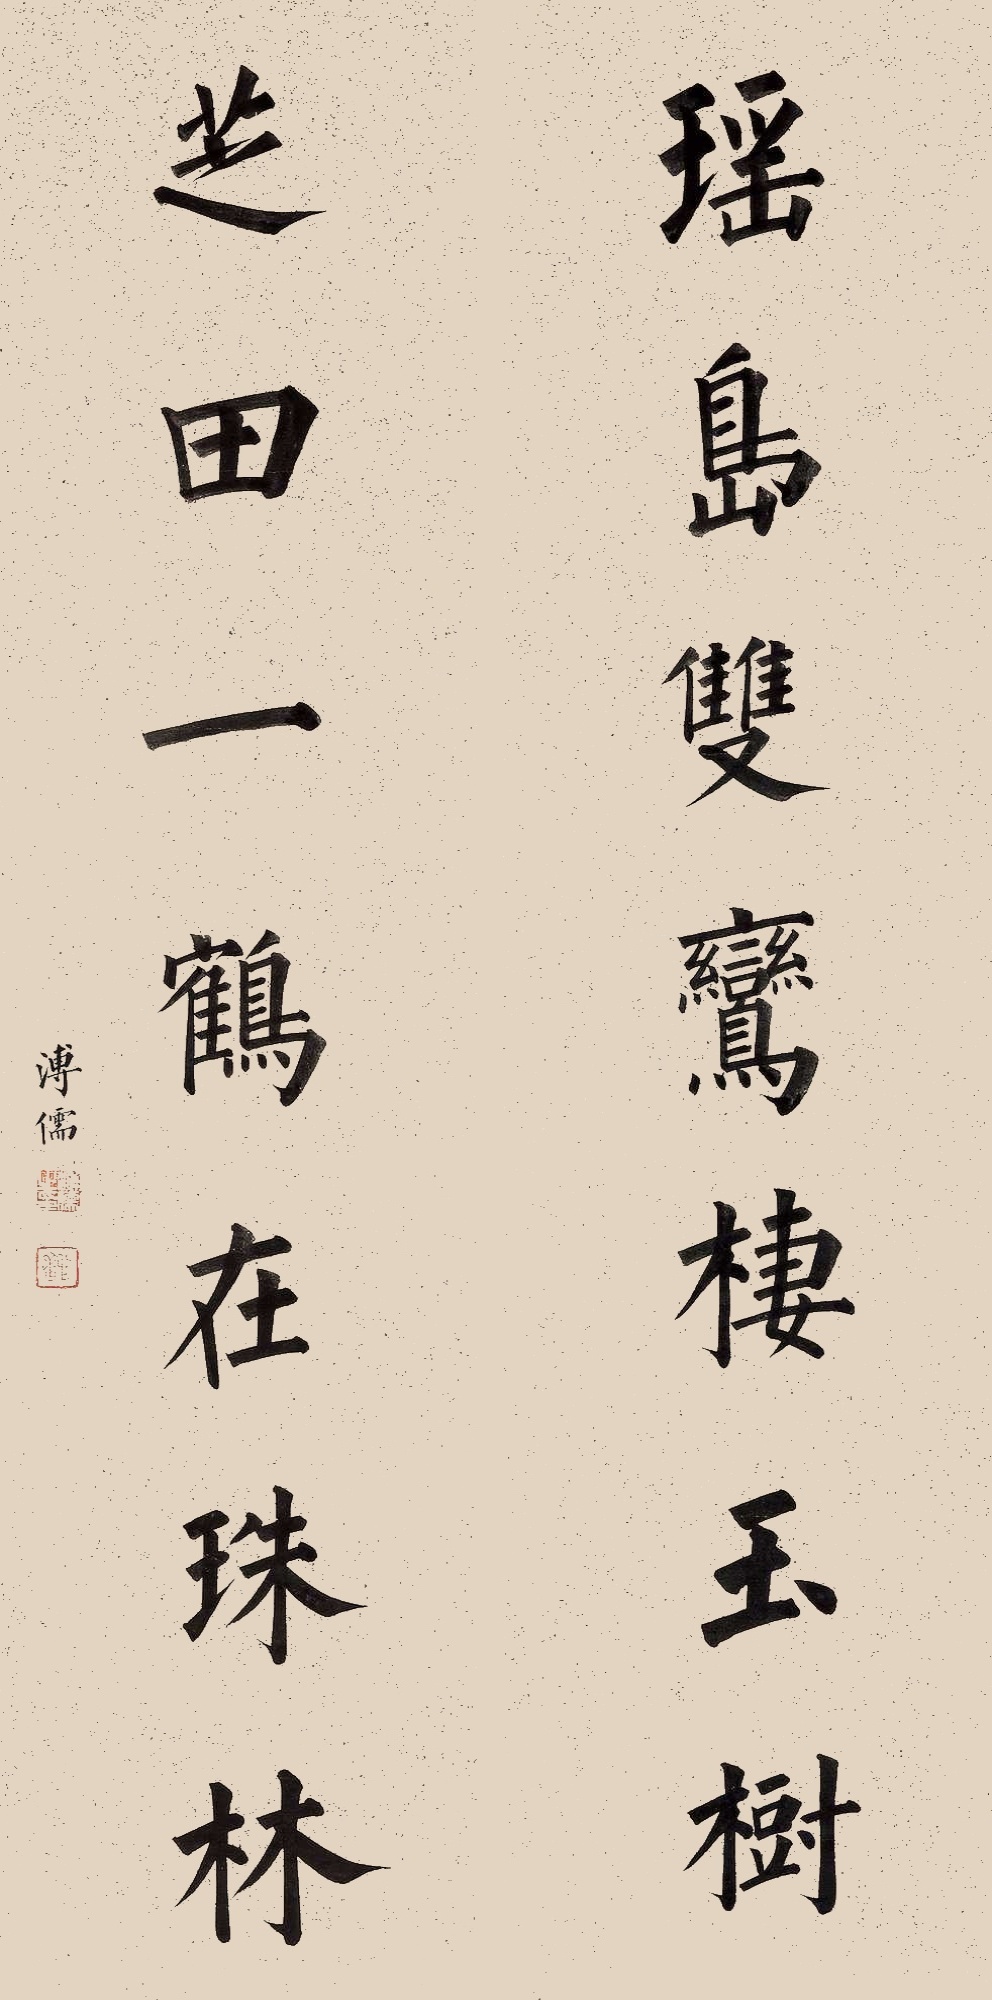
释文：瑶岛双鸾栖玉树，芝田一鹤在珠林。溥儒。